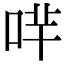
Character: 哶